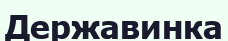
Державинка